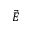
\vec { E }